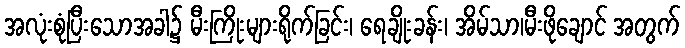
အလုံးစုံပြီးသောအခါ၌ မီးကြိုးများရိုက်ခြင်း၊ ရေချိုးခန်း၊ အိမ်သာ၊မီးဖိုချောင် အတွက်